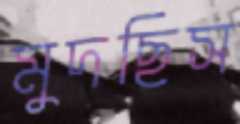
মুদছিস